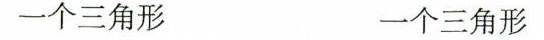
一个三角形 一个三角形